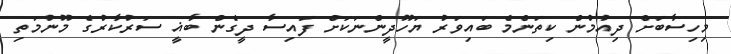
މިހިސާބަށް ދިއުމުން ކިތަންމެ ބައިވަރު ޔަހޫދީންނަކަށް ފައިސާ ދީގެން ބާޣީ ސަރުކާރުގެ މޫނުމަތި